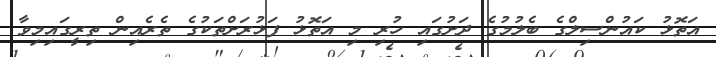
އަތޮޅު ކައުންސިލްގެ ބެލުމުގެ ދަށުގައި ހުރި މި އަތޮޅު ފަޅުރަށްތަކުގެ ތެރެއިން ތިރީގައިމިވާ